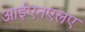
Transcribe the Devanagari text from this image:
आईएनएलए